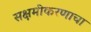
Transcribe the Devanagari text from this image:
सक्षमीकरणाचा